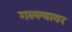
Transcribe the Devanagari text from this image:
गल्ल्यावर